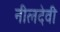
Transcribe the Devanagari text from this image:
नीलदेवी